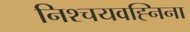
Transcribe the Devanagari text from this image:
निश्चयवह्निना